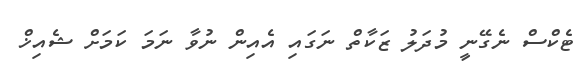
ޓެކްސް ނެގޭނީ މުދަލު ޒަކާތް ނަގައި އެއިން ނުވާ ނަމަ ކަމަށް ޝެއިޚް